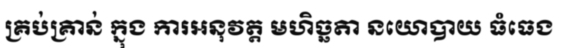
គ្រប់គ្រាន់ ក្នុង ការអនុវត្ត មហិច្ឆតា នយោបាយ ធំធេង